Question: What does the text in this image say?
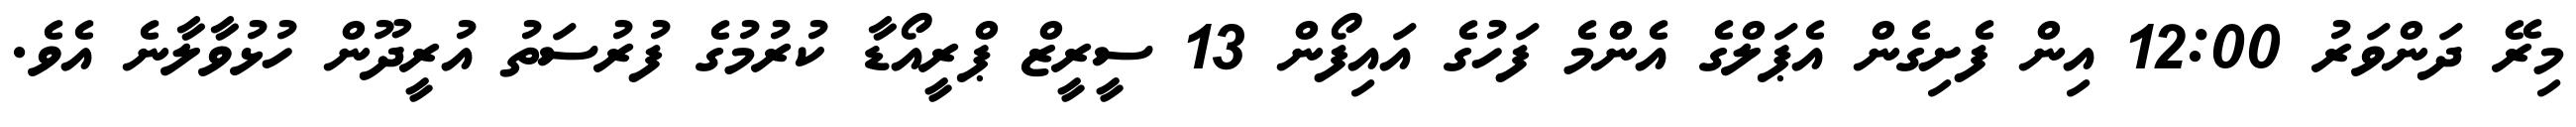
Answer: މިރޭ ދަންވަރު 12:00 އިން ފެށިގެން އެޕަލްގެ އެންމެ ފަހުގެ އައިފޯން 13 ސީރީޒް ޕްރީއޯޑާ ކުރުމުގެ ފުރުސަތު އުރީދޫން ހުޅުވާލާނެ އެވެ.